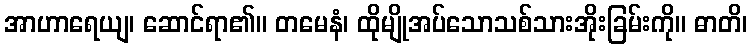
အာဟာရေယျ၊ ဆောင်ရာ၏။ တမေနံ၊ ထိုမျိုအပ်သောသစ်သားအိုးခြမ်းကို။ ဓာတိ၊